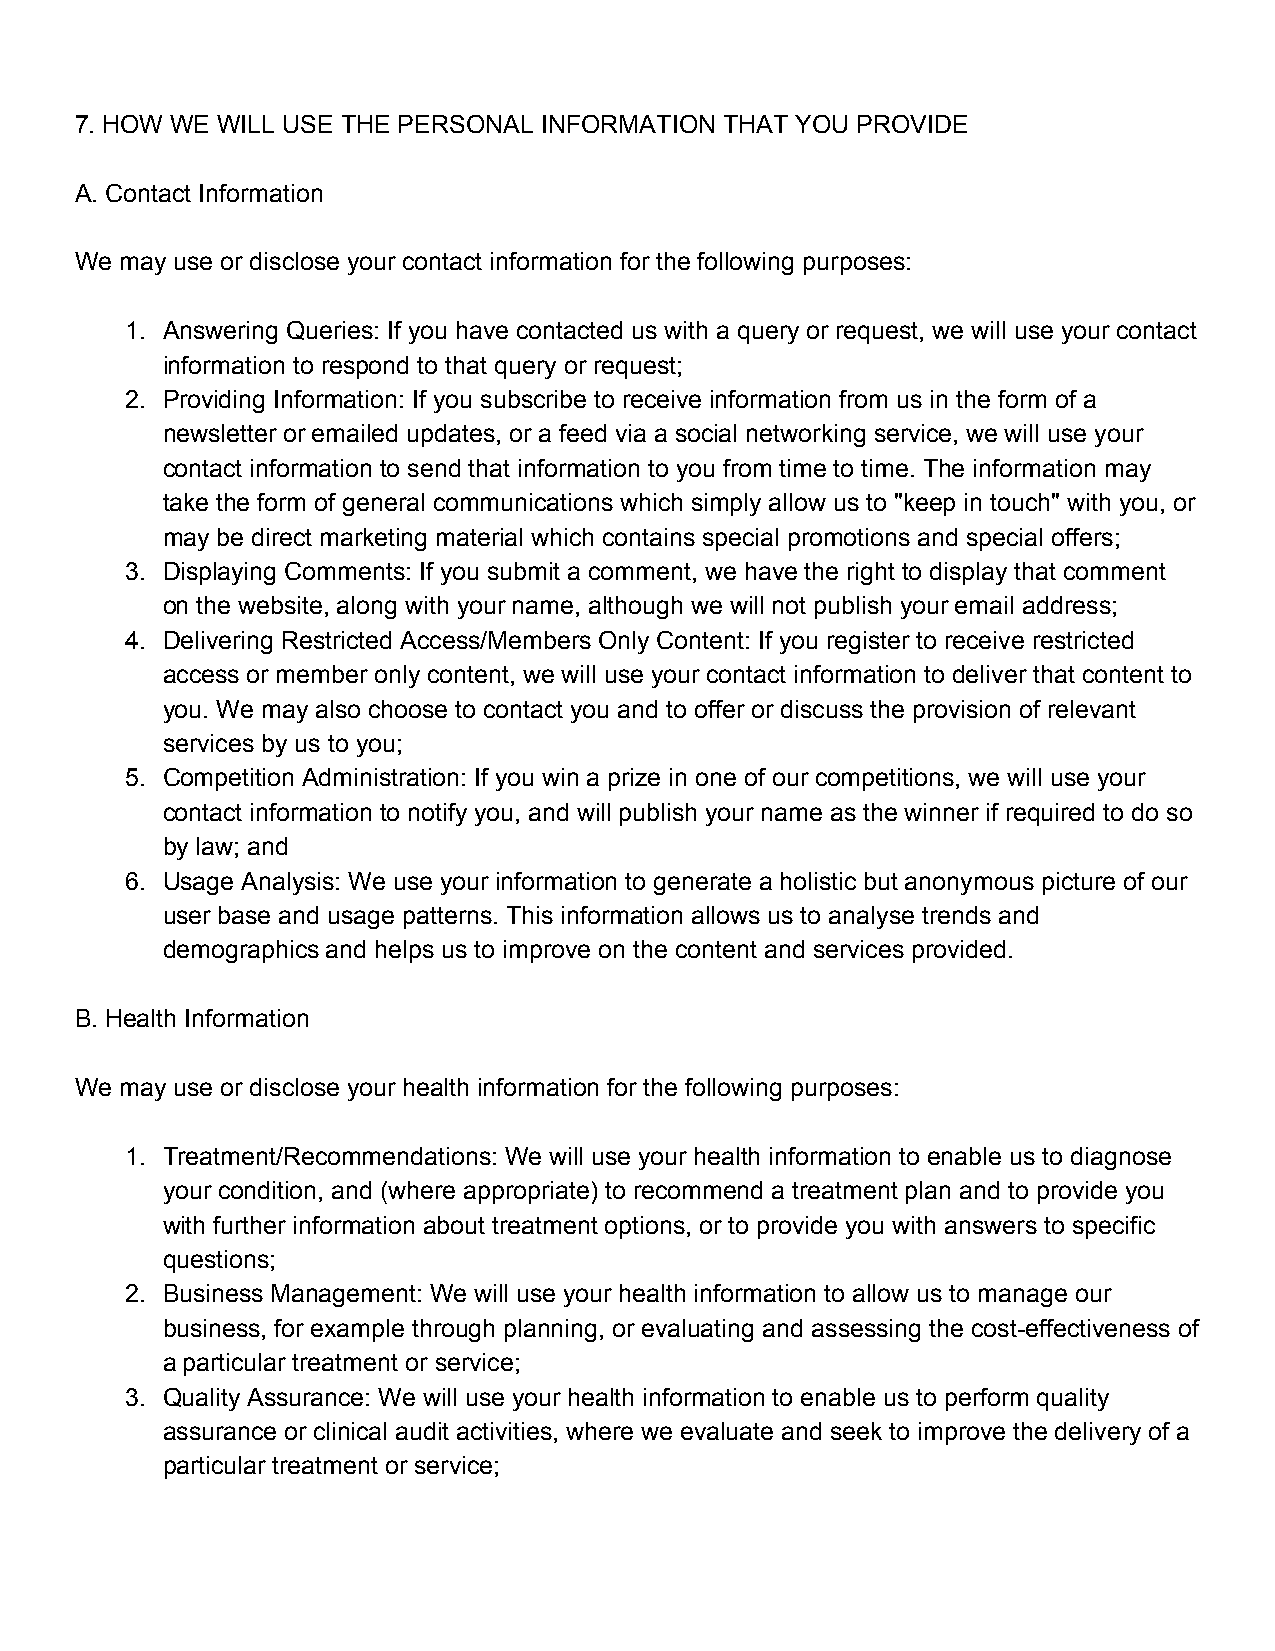
7. HOW WE WILL USE THE PERSONAL INFORMATION THAT YOU PROVIDE
 A. Contact Information
 We may use or disclose your contact information for the following purposes:
 1. Answering Queries: If you have contacted us with a query or request, we will use your contact
 information to respond to that query or request;
 2. Providing Information: If you subscribe to receive information from us in the form of a
 newsletter or emailed updates, or a feed via a social networking service, we will use your
 contact information to send that information to you from time to time. The information may
 take the form of general communications which simply allow us to "keep in touch" with you, or
 may be direct marketing material which contains special promotions and special offers;
 3. Displaying Comments: If you submit a comment, we have the right to display that comment
 on the website, along with your name, although we will not publish your email address;
 4. Delivering Restricted Access/Members Only Content: If you register to receive restricted
 access or member only content, we will use your contact information to deliver that content to
 you. We may also choose to contact you and to offer or discuss the provision of relevant
 services by us to you;
 5. Competition Administration: If you win a prize in one of our competitions, we will use your
 contact information to notify you, and will publish your name as the winner if required to do so
 by law; and
 6. Usage Analysis: We use your information to generate a holistic but anonymous picture of our
 user base and usage patterns. This information allows us to analyse trends and
 demographics and helps us to improve on the content and services provided.
 B. Health Information
 We may use or disclose your health information for the following purposes:
 1. Treatment/Recommendations: We will use your health information to enable us to diagnose
 your condition, and (where appropriate) to recommend a treatment plan and to provide you
 with further information about treatment options, or to provide you with answers to specific
 questions;
 2. Business Management: We will use your health information to allow us to manage our
 business, for example through planning, or evaluating and assessing the cost-effectiveness of
 a particular treatment or service;
 3. Quality Assurance: We will use your health information to enable us to perform quality
 assurance or clinical audit activities, where we evaluate and seek to improve the delivery of a
 particular treatment or service;